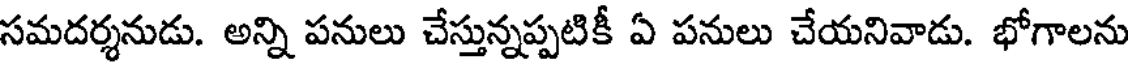
సమదర్శనుడు. అన్ని పనులు చేస్తున్నప్పటికీ ఏ పనులు చేయనివాడు. భోగాలను